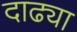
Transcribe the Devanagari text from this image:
दाढ्या